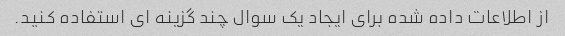
از اطلاعات داده شده برای ایجاد یک سوال چند گزینه ای استفاده کنید.